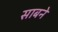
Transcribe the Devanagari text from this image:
साबने